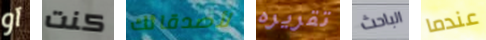
آو كنت لأصدقائك تقريره الباحث عندما